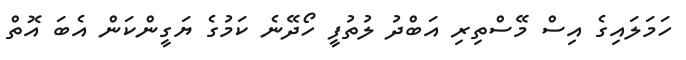
ހަމަލައިގެ އިސް މޭސްތިރި އަބްދު ލުތުފީ ހޯދޭނެ ކަމުގެ ޔަގީންކަން އެބަ އޮތް